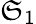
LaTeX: \mathfrak{S}_{1}